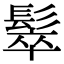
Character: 䯿